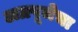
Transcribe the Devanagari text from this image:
अग्रपूजेचा